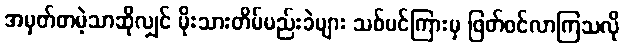
အမှတ်တမဲ့သာဆိုလျှင် မိုးသားတိမ်မည်းခဲများ သစ်ပင်ကြားမှ ဖြတ်ဝင်လာကြသလို